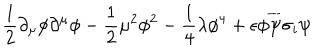
LaTeX: \frac { 1 } { 2 } \partial _ { \mu } \phi \partial ^ { \mu } \phi - \frac { 1 } { 2 } \mu ^ { 2 } \phi ^ { 2 } - \frac { 1 } { 4 } \lambda \phi ^ { 4 } + \epsilon \phi \overline { { { \psi } } } \sigma _ { i } \psi